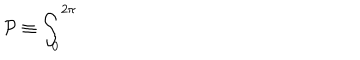
{ \cal P } \equiv \int _ { 0 } ^ { 2 \pi }